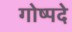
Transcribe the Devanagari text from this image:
गोष्पदे